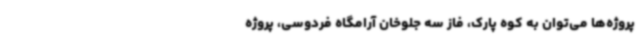
پروژه‌ها می‌توان به کوه پارک، فاز سه جلوخان آرامگاه فردوسی، پروژه